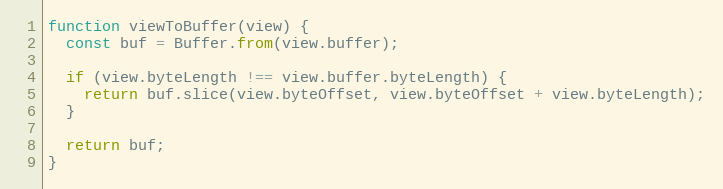
Language: JavaScript
function viewToBuffer(view) {
  const buf = Buffer.from(view.buffer);

  if (view.byteLength !== view.buffer.byteLength) {
    return buf.slice(view.byteOffset, view.byteOffset + view.byteLength);
  }

  return buf;
}